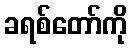
ခရစ်တော်ကို